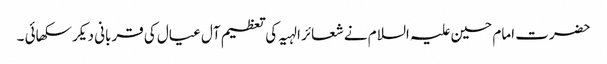
حضرت امام حسین علیہ السلام نے شعائر الہیہ کی تعظیم آل عیال کی قربانی دیکر سکھائی ۔